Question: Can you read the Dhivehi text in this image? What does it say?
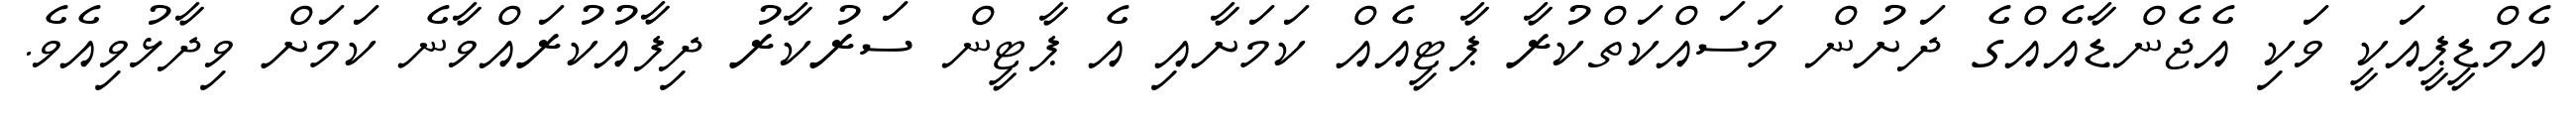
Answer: އެމްޑީޕީއަކީ ވަކި އެޖެންޑާއެއްގެ ދަށުން މަސައްކަތްކުރާ ޕާޓީއެއް ކަމަށާއި އެ ޕާޓީން ސަރުކާރު ދިފާއުކުރައްވާނެ ކަމަށް ވިދާޅުވިއެވެ.